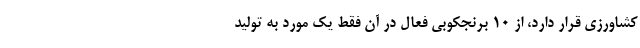
کشاورزی قرار دارد، از ۱۰ برنجکوبی فعال در آن فقط یک مورد به تولید